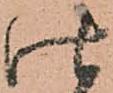
仕